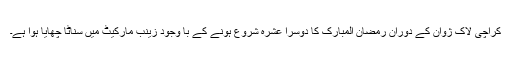
کراچی لاک ژوان کے دوران رمضان المبارک کا دوسرا عشرہ شروع ہونے کے با وجود زینب مارکیٹ میں سناٹا چھایا ہوا ہے۔